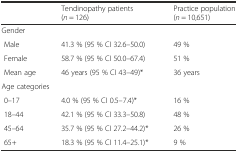
<table><thead><tr><td></td><td><b>Tendinopathy patients (<i>n</i> = 126)</b></td><td><b>Practice population (<i>n</i> = 10,651)</b></td></tr></thead><tbody><tr><td colspan="3">Gender</td></tr><tr><td> Male</td><td>41.3 % (95 % CI 32.6–50.0)</td><td>49 %</td></tr><tr><td> Female</td><td>58.7 % (95 % CI 50.0–67.4)</td><td>51 %</td></tr><tr><td> Mean age</td><td>46 years (95 % CI 43–49)*</td><td>36 years</td></tr><tr><td colspan="3">Age categories</td></tr><tr><td> 0–17</td><td>4.0 % (95 % CI 0.5–7.4)*</td><td>16 %</td></tr><tr><td> 18–44</td><td>42.1 % (95 % CI 33.3–50.8)</td><td>48 %</td></tr><tr><td> 45–64</td><td>35.7 % (95 % CI 27.2–44.2)*</td><td>26 %</td></tr><tr><td> 65+</td><td>18.3 % (95 % CI 11.4–25.1)*</td><td>9 %</td></tr></tbody></table>